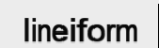
lineiform